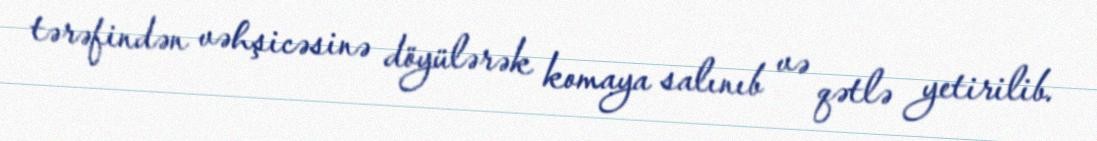
tərəfindən vəhşicəsinə döyülərək komaya salınıb və qətlə yetirilib.